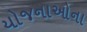
યોજનાઓના